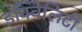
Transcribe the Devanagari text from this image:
इक्विलिटी